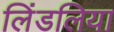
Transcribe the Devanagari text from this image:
लिंडलिया